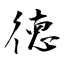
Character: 徳